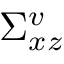
\Sigma _ { x z } ^ { v }